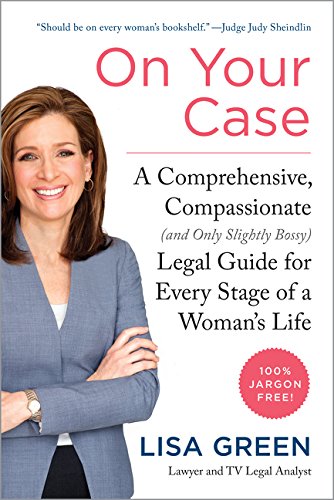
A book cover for On Your Case: A Comprehensive, Compassionate (and Only Slightly Bossy) Legal Guide for Every Stage of a Woman's Life; Lisa Green; Law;